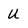
Character: U